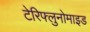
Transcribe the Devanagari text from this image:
टेरिफ्लुनोमाइड